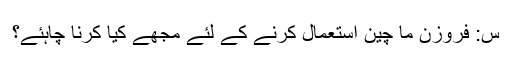
س: فروزن ما چین استعمال کرنے کے لئے مجھے کیا کرنا چاہئے؟